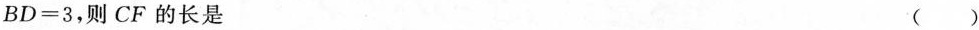
$$BD=3$$，则CF的长是 ( )